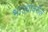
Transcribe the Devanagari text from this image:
भाज्यांवरील